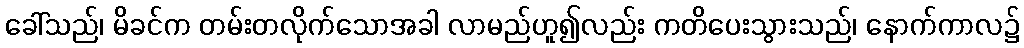
ခေါ်သည်၊ မိခင်က တမ်းတလိုက်သောအခါ လာမည်ဟူ၍လည်း ကတိပေးသွားသည်၊ နောက်ကာလ၌